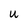
Character: U